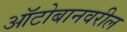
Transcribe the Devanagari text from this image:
ऑटोबानवरील